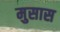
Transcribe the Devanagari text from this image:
मुसास